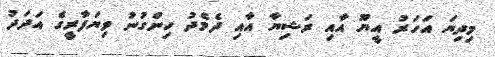
މިދިޔަ އަހަރު އީޔޫ އާއި ރަޝިޔާ އާއި ދެމެދު ހިންގުނު ވިޔަފާރީގެ އަދަދު